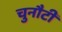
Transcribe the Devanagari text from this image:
चुनौटी